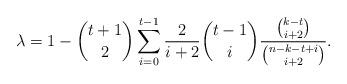
LaTeX: \begin{align*} \lambda = 1 - \binom{t+1}{2} \sum_{i=0}^{t-1} \frac{2}{i+2} \binom{t-1}{i} \frac{\binom{k-t}{i+2}}{\binom{n-k-t+i}{i+2}}.\end{align*}